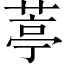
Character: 葶